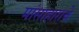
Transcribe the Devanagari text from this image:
मांसाहाराचे